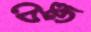
চেঞ্জ